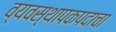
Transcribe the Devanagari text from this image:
व्यवस्थापकपदाचा